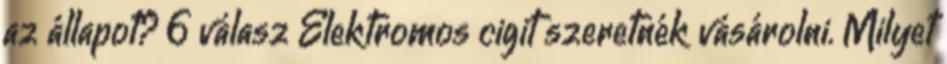
az állapot? 6 válasz Elektromos cigit szeretnék vásárolni. Milyet